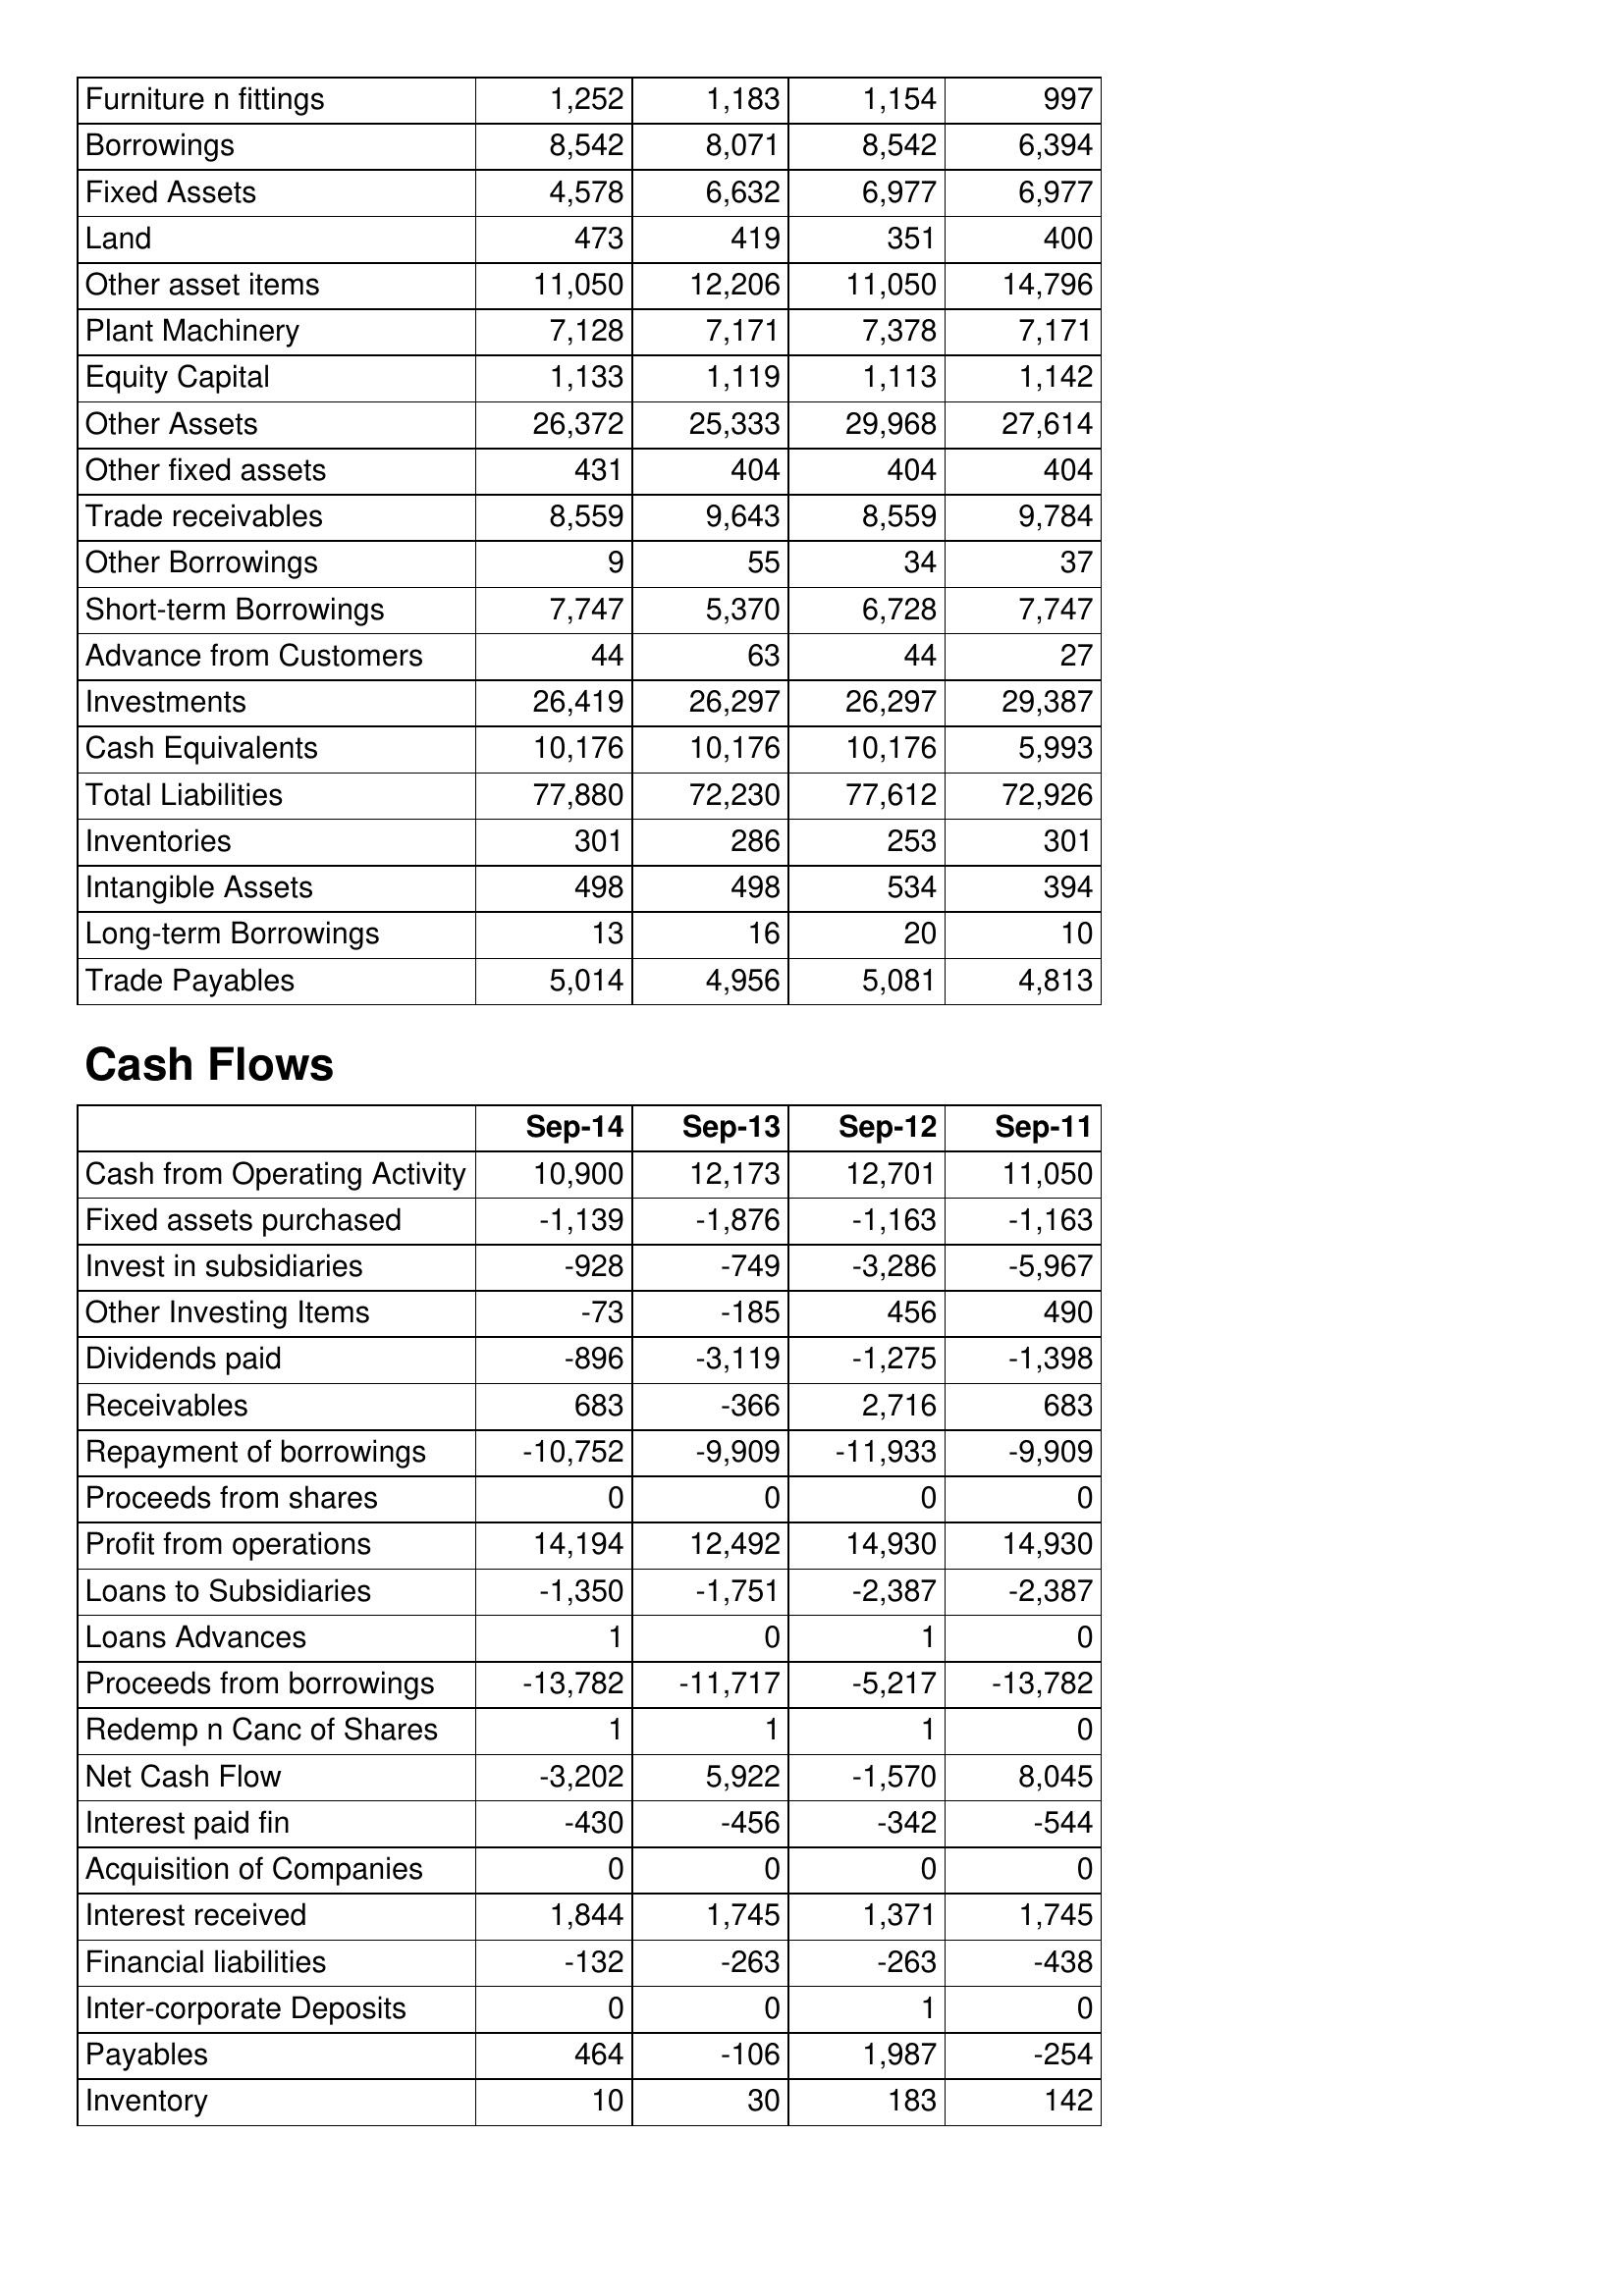
Sep-14: Balance Sheet: Furniture n fittings: 1,252
Borrowings: 8,542
Fixed Assets: 4,578
Land: 473
Other asset items: 11,050
Plant Machinery: 7,128
Equity Capital: 1,133
Other Assets: 26,372
Other fixed assets: 431
Trade receivables: 8,559
Other Borrowings: 9
Short-term Borrowings: 7,747
Advance from Customers: 44
Investments: 26,419
Cash Equivalents: 10,176
Total Liabilities: 77,880
Inventories: 301
Intangible Assets: 498
Long-term Borrowings: 13
Trade Payables: 5,014
Cash Flows: Cash from Operating Activity: 10,900
Fixed assets purchased: -1,139
Invest in subsidiaries: -928
Other Investing Items: -73
Dividends paid: -896
Receivables: 683
Repayment of borrowings: -10,752
Proceeds from shares: 0
Profit from operations: 14,194
Loans to Subsidiaries: -1,350
Loans Advances: 1
Proceeds from borrowings: -13,782
Redemp n Canc of Shares: 1
Net Cash Flow: -3,202
Interest paid fin: -430
Acquisition of Companies: 0
Interest received: 1,844
Financial liabilities: -132
Inter-corporate Deposits: 0
Payables: 464
Inventory: 10
Sep-13: Balance Sheet: Furniture n fittings: 1,183
Borrowings: 8,071
Fixed Assets: 6,632
Land: 419
Other asset items: 12,206
Plant Machinery: 7,171
Equity Capital: 1,119
Other Assets: 25,333
Other fixed assets: 404
Trade receivables: 9,643
Other Borrowings: 55
Short-term Borrowings: 5,370
Advance from Customers: 63
Investments: 26,297
Cash Equivalents: 10,176
Total Liabilities: 72,230
Inventories: 286
Intangible Assets: 498
Long-term Borrowings: 16
Trade Payables: 4,956
Cash Flows: Cash from Operating Activity: 12,173
Fixed assets purchased: -1,876
Invest in subsidiaries: -749
Other Investing Items: -185
Dividends paid: -3,119
Receivables: -366
Repayment of borrowings: -9,909
Proceeds from shares: 0
Profit from operations: 12,492
Loans to Subsidiaries: -1,751
Loans Advances: 0
Proceeds from borrowings: -11,717
Redemp n Canc of Shares: 1
Net Cash Flow: 5,922
Interest paid fin: -456
Acquisition of Companies: 0
Interest received: 1,745
Financial liabilities: -263
Inter-corporate Deposits: 0
Payables: -106
Inventory: 30
Sep-12: Balance Sheet: Furniture n fittings: 1,154
Borrowings: 8,542
Fixed Assets: 6,977
Land: 351
Other asset items: 11,050
Plant Machinery: 7,378
Equity Capital: 1,113
Other Assets: 29,968
Other fixed assets: 404
Trade receivables: 8,559
Other Borrowings: 34
Short-term Borrowings: 6,728
Advance from Customers: 44
Investments: 26,297
Cash Equivalents: 10,176
Total Liabilities: 77,612
Inventories: 253
Intangible Assets: 534
Long-term Borrowings: 20
Trade Payables: 5,081
Cash Flows: Cash from Operating Activity: 12,701
Fixed assets purchased: -1,163
Invest in subsidiaries: -3,286
Other Investing Items: 456
Dividends paid: -1,275
Receivables: 2,716
Repayment of borrowings: -11,933
Proceeds from shares: 0
Profit from operations: 14,930
Loans to Subsidiaries: -2,387
Loans Advances: 1
Proceeds from borrowings: -5,217
Redemp n Canc of Shares: 1
Net Cash Flow: -1,570
Interest paid fin: -342
Acquisition of Companies: 0
Interest received: 1,371
Financial liabilities: -263
Inter-corporate Deposits: 1
Payables: 1,987
Inventory: 183
Sep-11: Balance Sheet: Furniture n fittings: 997
Borrowings: 6,394
Fixed Assets: 6,977
Land: 400
Other asset items: 14,796
Plant Machinery: 7,171
Equity Capital: 1,142
Other Assets: 27,614
Other fixed assets: 404
Trade receivables: 9,784
Other Borrowings: 37
Short-term Borrowings: 7,747
Advance from Customers: 27
Investments: 29,387
Cash Equivalents: 5,993
Total Liabilities: 72,926
Inventories: 301
Intangible Assets: 394
Long-term Borrowings: 10
Trade Payables: 4,813
Cash Flows: Cash from Operating Activity: 11,050
Fixed assets purchased: -1,163
Invest in subsidiaries: -5,967
Other Investing Items: 490
Dividends paid: -1,398
Receivables: 683
Repayment of borrowings: -9,909
Proceeds from shares: 0
Profit from operations: 14,930
Loans to Subsidiaries: -2,387
Loans Advances: 0
Proceeds from borrowings: -13,782
Redemp n Canc of Shares: 0
Net Cash Flow: 8,045
Interest paid fin: -544
Acquisition of Companies: 0
Interest received: 1,745
Financial liabilities: -438
Inter-corporate Deposits: 0
Payables: -254
Inventory: 142